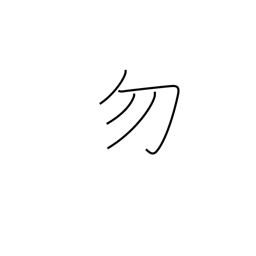
Meaning: do not